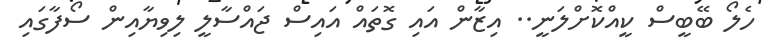
ހެލޯ ބޭބީސް ކީއްކޮށްލަނީ.. އިޒާން އައި ގޮތައް އައިސް ޖައްސާލީ ލިވިޔާއިން ސޯފާގައި